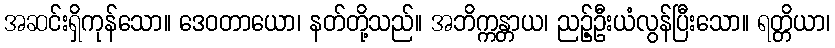
အဆင်းရှိကုန်သော။ ဒေဝတာယော၊ နတ်တို့သည်။ အဘိက္ကန္တာယ၊ ညဉ့်ဦးယံလွန်ပြီးသော။ ရတ္တိယာ၊